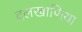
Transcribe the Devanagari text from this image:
दलखाणिया